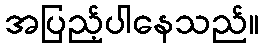
အပြည့်ပါနေသည်။